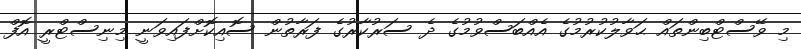
މި ވޭސްޓްބިންތައް ޙަވާލުކުރުމުގެ އެއްބަސްވުމުގެ ދެ ސަރުކާރުގެ ފަރާތުން ސޮއިކޮށްފައިވަނީ މިނިސްޓްރީ އޮފް